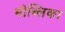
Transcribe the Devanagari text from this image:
मोब्लिका